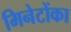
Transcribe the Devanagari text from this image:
मिनेटोंका